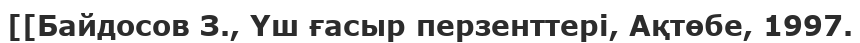
[[Байдосов З., Үш ғасыр перзенттері, Ақтөбе, 1997.